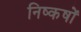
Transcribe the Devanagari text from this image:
निष्कषों